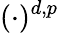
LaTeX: (\cdot)^{d,p}